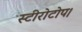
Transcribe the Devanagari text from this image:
स्टीरोटोप।